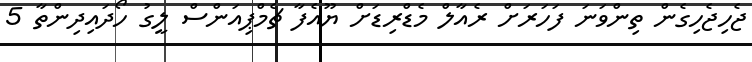
ޖެހިޖެހިގެން ތިންވަނަ ފަހަރަށް ރެއާލް މެޑްރިޑަށް ޔޫއެފާ ޗެމްޕިއަންސް ލީގު ހޯދައިދިންތާ 5